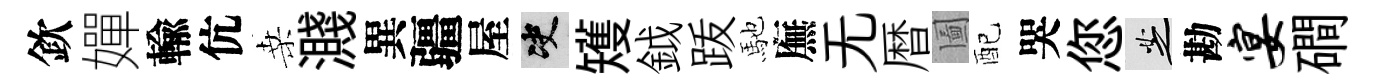
欽嬋輸伉桑濺異疆屋决矱鉞䟦馳廡无暦圗配哭您芝勘宴磵